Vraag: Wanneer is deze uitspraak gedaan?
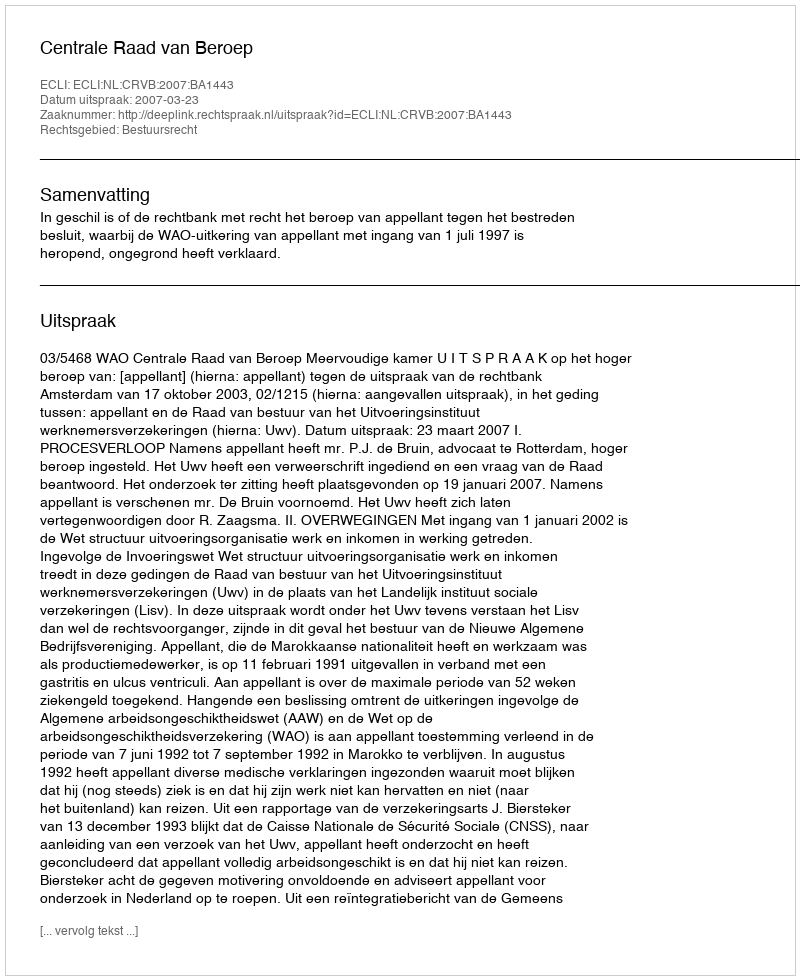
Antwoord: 2007-03-23